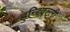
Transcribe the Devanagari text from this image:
हुन्त्विल्ली